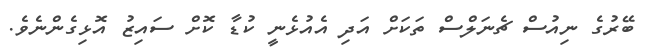
ބޭރުގެ ނިއުސް ޗެނަލްސް ތަކަށް އަދި އެއުޅެނީ ކުޑާ ކޮށް ސައިޒު އޮޅިގެންނެވެ.